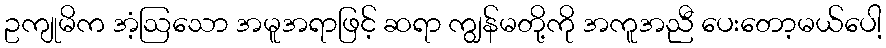
ဥကျုမိက အံ့ဩသော အမူအရာဖြင့် ဆရာ ကျွန်မတို့ကို အကူအညီ ပေးတော့မယ်ပေါ့